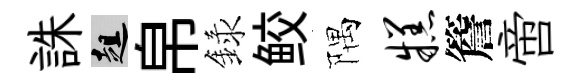
誅趄帛録鲛隅糕簷啻